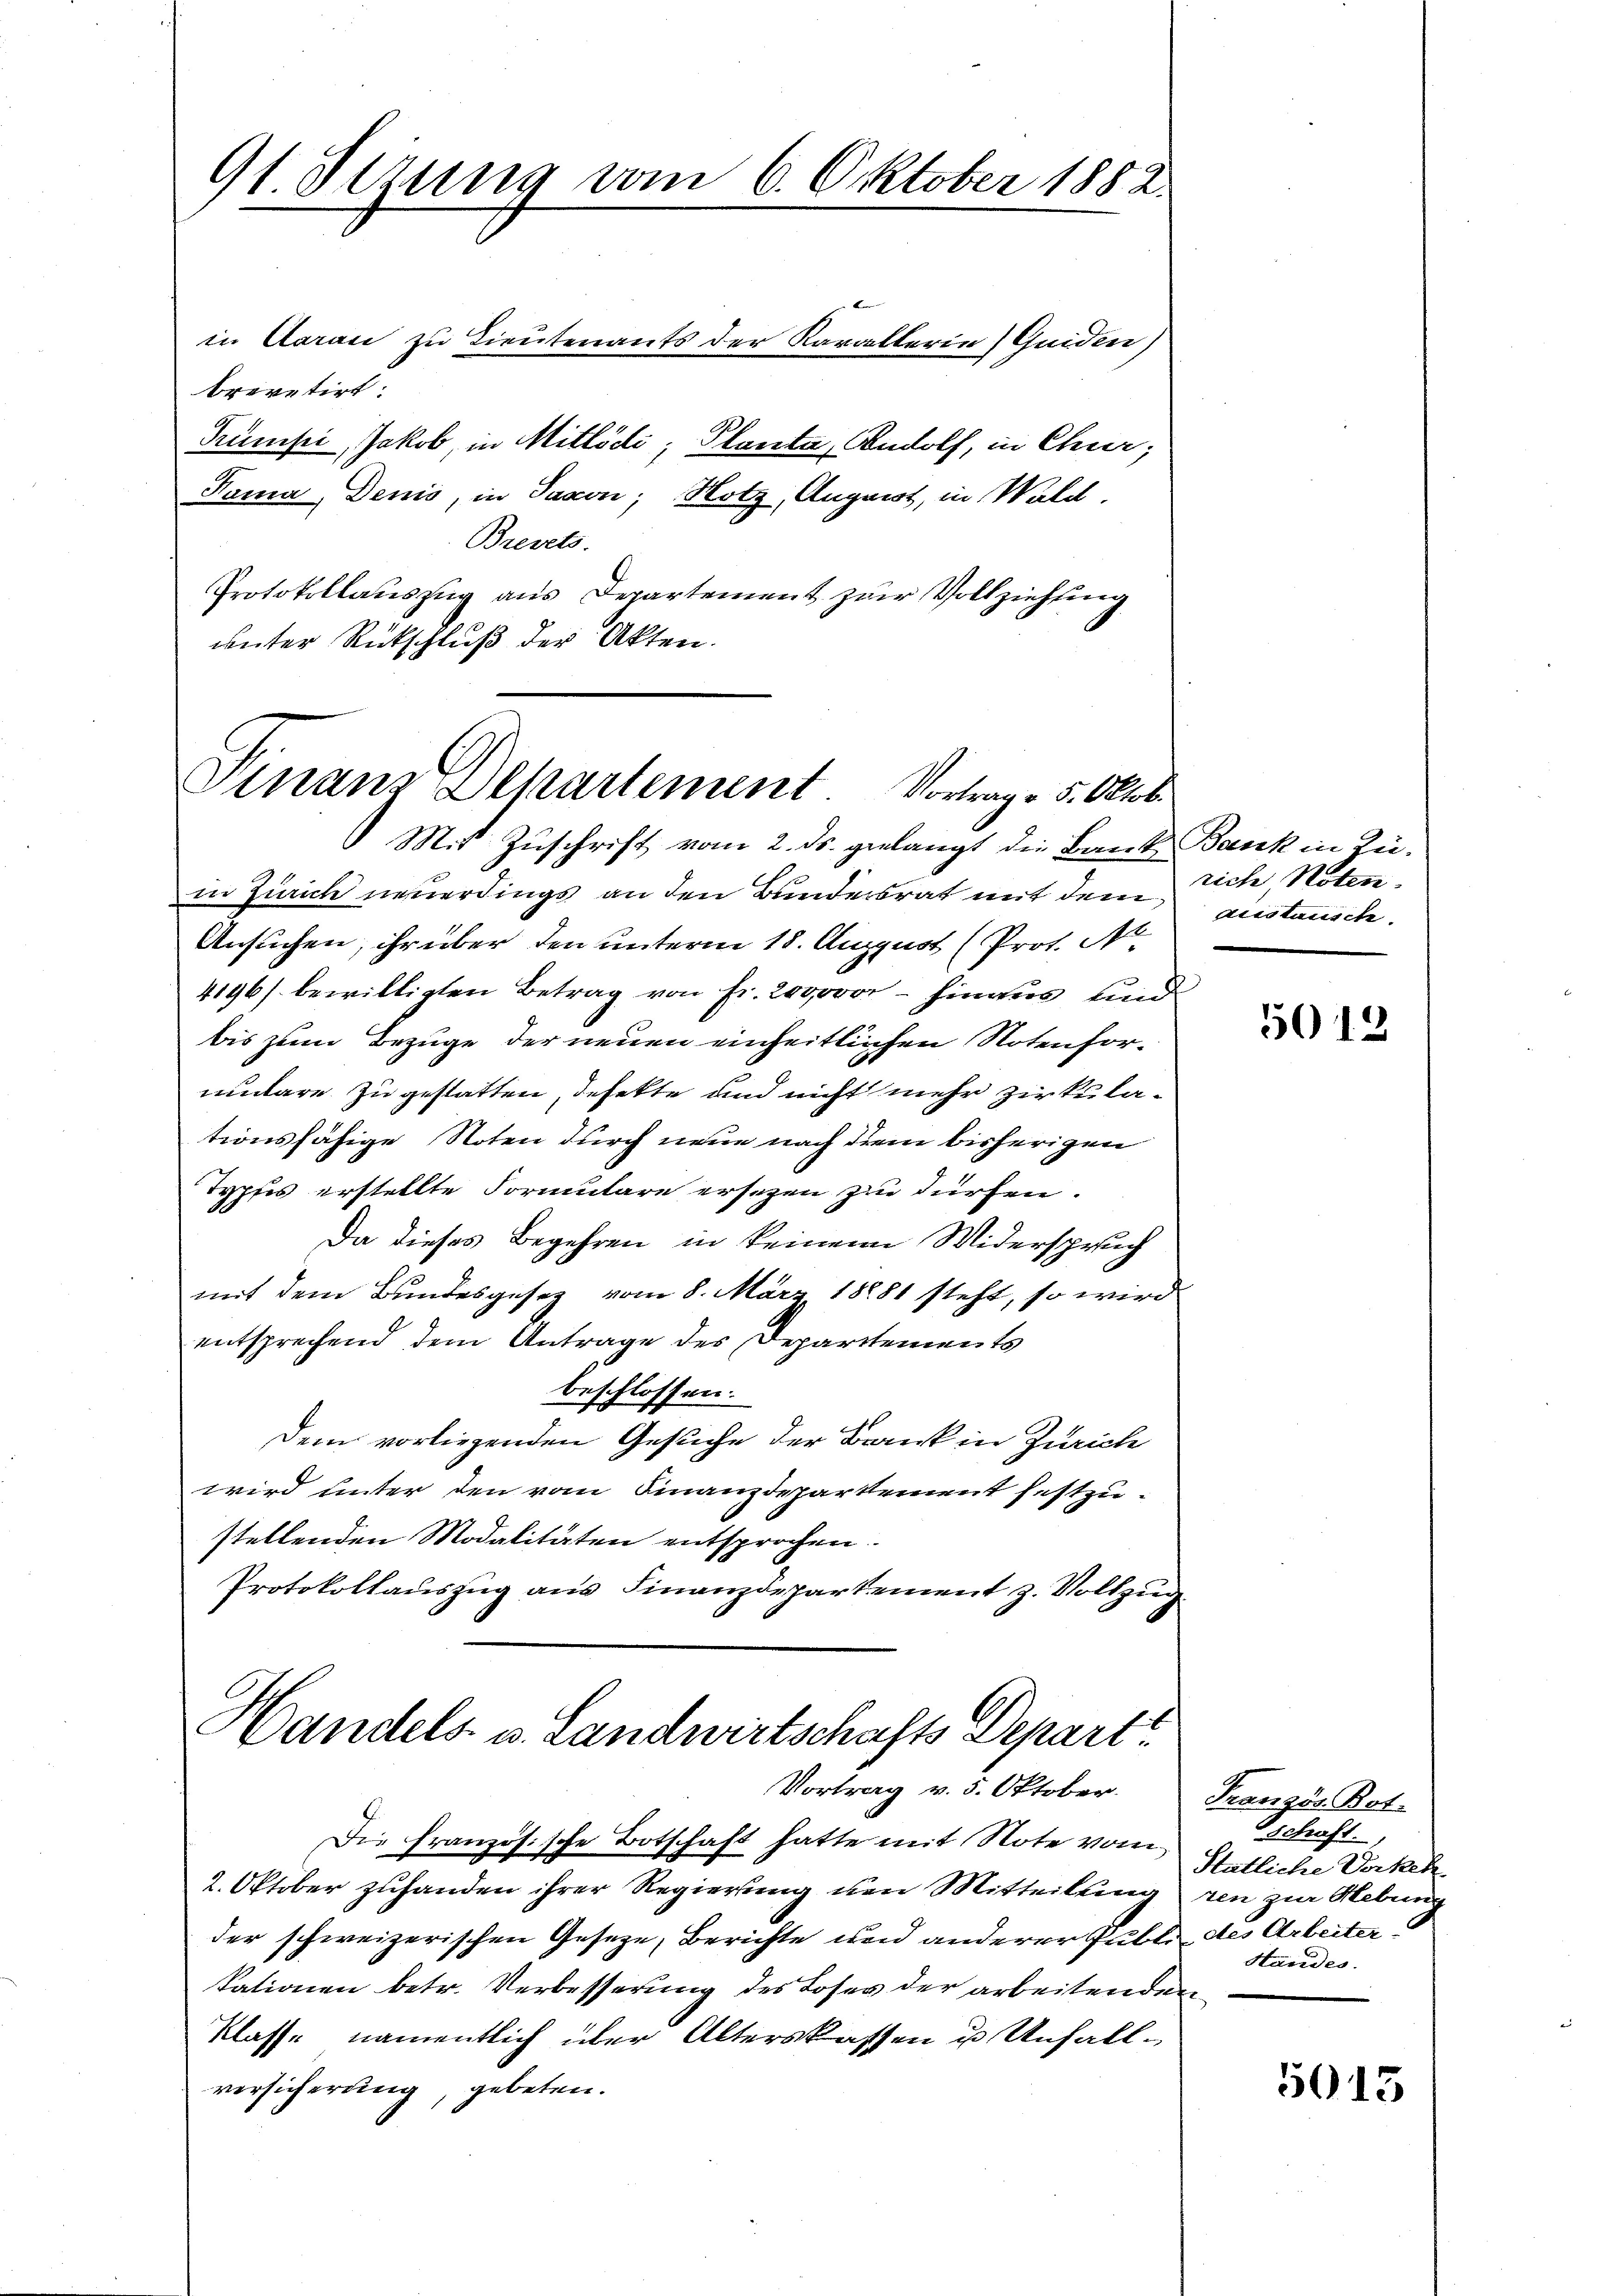
in Aarau zu Lieutenants der Karallerin Guiden)
brevetirt.
Trumpi, Jakob, in Mitlödi; Planta, Rudolf, in Chur,
Fama, Denis, in Saxon, Hotz, August, in Wald,
Brevets.
Protokollauszug aus Departement zur Vollziehung
unter Rückschluß der Akten.

91. Sezung vom 6. Oktober 1882.

Finanz-Departement Vortrage 5. Oktob.

Mit Zuschrift vom 2. ds. gelangt die Bank Bank in Lei-
in Zürich neuerdings an den Bundesrat mit dem rich, Noten.
Ansuchen, ihr über den unterm 18. August (Prot. N
4196) bewilligten Betrag von Fr. 200000 - hinaus und
bis zum Bezüge der neuen einheitlichen Notenformulare zugestatten, defette und nicht mehr Zirkulationsfähige Noten durch neue nach dem bisherigen
Typfes erstellte Formulare ersezen zu dürfen.
Da dieses Begehren in keinem Widerspruch
mit dem Bundesgesetz vom 8. März 18881 steht, so wird
entsprechend dem Antrage des Departements
beschlossen.
Dem vorliegenden Gesuche der Bank in Zürich
wird unter den vom Finanzdepartement festzustellenden Modalitäten entsprochen.
Protokollauszug aus Finanzdepartement z. Vollzug

Handels- u. Landwirtschafts Departi
Vortrag v. 5. Oktober.

Die Französische Botschaft hatte mit Note vom
2. Oktober zuhanden ihrer Regierung um Mitteilung
der schweizerischen Gesetze, Berichte und anderer Guble des Arbeitertationen betr. Verbesserung des Loses der arbeitenden
Klasse namentlich über Alterskassen u Unfallversicherung, gebeten.

Leistausche

5012

Franzis Bot.
schaft.
Statliche Vorkeh
zen zur Hebung
Handes.

5013